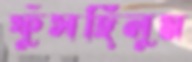
ফুঁসছিলুম